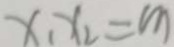
x _ { 1 } x _ { 2 } = m